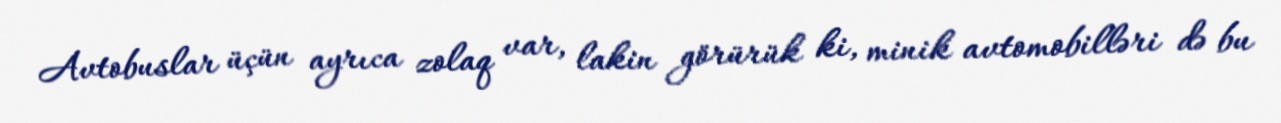
Avtobuslar üçün ayrıca zolaq var, lakin görürük ki, minik avtomobilləri də bu